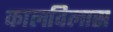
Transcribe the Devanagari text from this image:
कालविलास